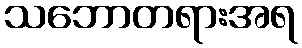
သဘောတရားအရ